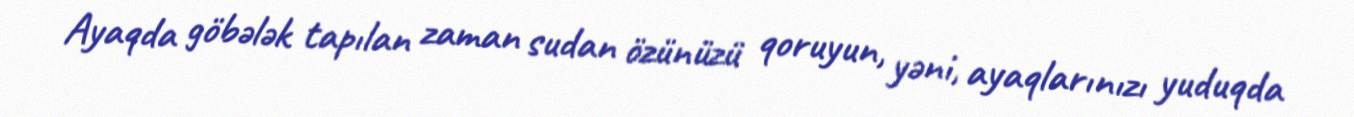
Ayaqda göbələk tapılan zaman sudan özünüzü qoruyun, yəni, ayaqlarınızı yuduqda